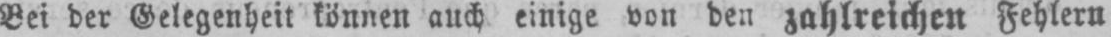
Bei der Gelegenheit können auch einige von den zahlreichen Fehlern